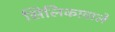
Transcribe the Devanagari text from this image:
सिलिकावाले